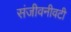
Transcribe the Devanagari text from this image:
संजीवनीवटी